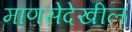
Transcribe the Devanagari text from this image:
माणसेदेखील